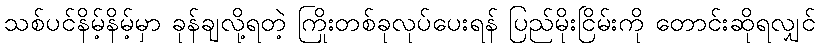
သစ်ပင်နိမ့်နိမ့်မှာ ခုန်ချလို့ရတဲ့ ကြိုးတစ်ခုလုပ်ပေးရန် ပြည်မိုးငြိမ်းကို တောင်းဆိုရလျှင်